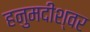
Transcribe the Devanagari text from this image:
हनुमदीश्वर